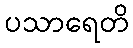
ပသာရေတိ